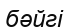
бәйгі